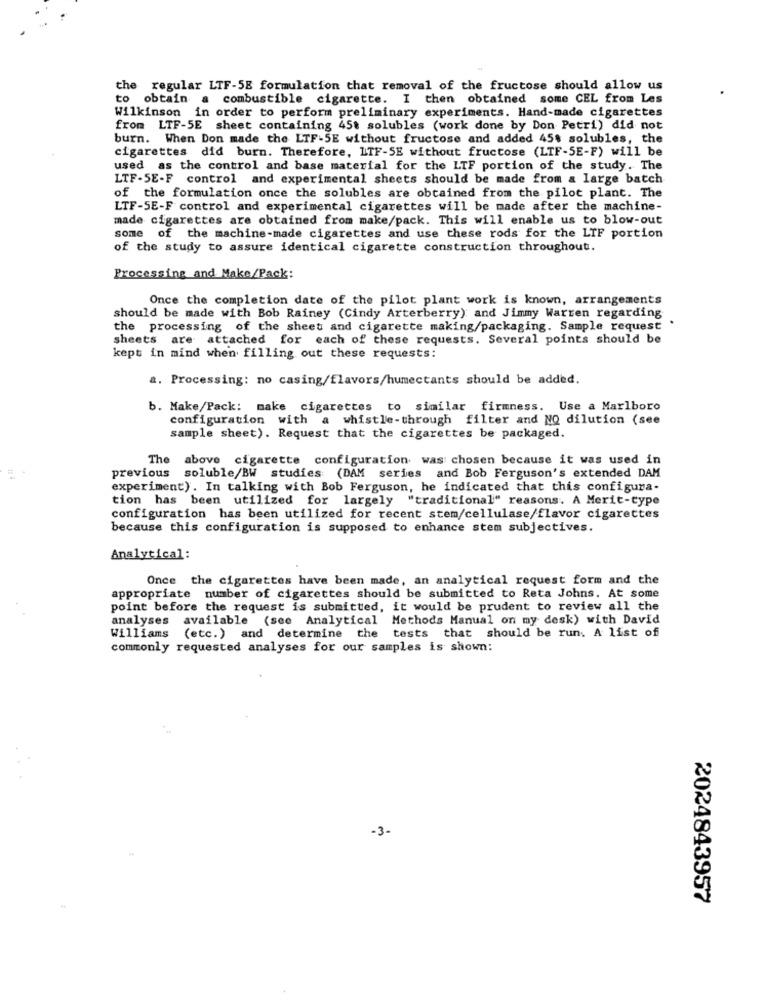
the
regular LTF-5E formulation that removal of the fructose should allow us
to obtain a combustible cigarette. I then obtained some CEL from Les
Wilkinson in order to perform preliminary experiments. Hand-made cigarettes
from LTF-5E sheet containing 45t solubles (work done by Don Petri) did not
burn. When Don made the LTF-5E without fructose and added 45$ solubles, the
cigarettes did burn. Therefore, LTF-SE without fructose (LTF-SE-F) will be
used as the control and base material for the LTF portion of the study. The
LTF-SE-F control and experimental sheets should be made from a large batch
of the formulation once the solubles are obtained from the pilot plant. The
LTF-SE-F control and experimental cigarettes will be made after the machine-
made cigarettes are obtained from make/pack. This will enable us to blow-out
some of the machine-made cigarettes and use these rods for the LIF portion
of the study to assure identical cigarette construction throughout.
Processing and Make/Pack:
Once the completion date of the pilot plant work is known, arrangements
should be made with Bob Rainey (Cindy Arterberry) and Jimmy Warren regarding
the processing of the sheet and cigarette making/packaging. Sample request
sheets are attached for each of these requests. Several points should be
kept in mind when filling out these requests:
a. Processing: no casing/flavors/humectants should be added.
b. Make/Pack: make cigarettes to similar firmness. Use a Marlboro
configuration with a whistle-through filter and NO dilution (see
sample sheet). Request that the cigarettes be packaged.
The above cigarette configuration was chosen because it was used in
previous soluble/BW studies (DAM series and Bob Ferguson's extended DAM
experiment). In talking with Bob Ferguson, he indicated that this configura-
tion has been utilized for largely "traditional" reasons. A Merit-type
configuration has been utilized for recent stem/cellulase/flavor cigarettes
because this configuration is supposed to enhance stem subjectives.
Analytical :
Once the cigarettes have been made, an analytical request form and the
appropriate number of cigarettes should be submitted to Reta Johns. At some
point before the request is submitted, it would be prudent to review all the
analyses available (see Analytical Methods Manual on my desk) with David
Williams (etc.) and determine the tests that should be run. A list of
commonly requested analyses for our samples is shown:
-3-
2024843957